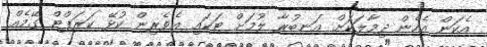
އެކަން އެހެން ދިމާލަކަށް އަނބުރާ ލުމަށް ޓަކައި އެވެރިން ކުޅޭ ކަރަޕްޓް ގޭމެއް